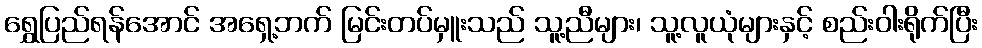
ရွှေပြည်ရန်အောင် အရှေ့ဘက် မြင်းတပ်မှူးသည် သူ့ညီများ၊ သူ့လူယုံများနှင့် စည်းဝါးရိုက်ပြီး